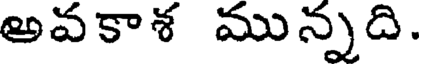
అవకాశ మున్నది.